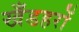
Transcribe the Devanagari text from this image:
खँडहरों